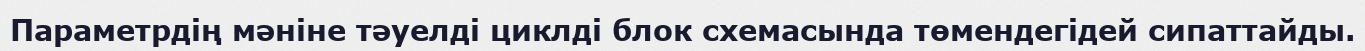
Параметрдің мәніне тәуелді циклді блок схемасында төмендегідей сипаттайды.